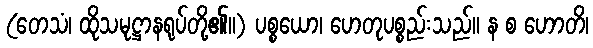
(တေသံ၊ ထိုသမုဋ္ဌာနရုပ်တို့၏။) ပစ္စယော၊ ဟေတုပစ္စည်းသည်။ န စ ဟောတိ၊